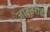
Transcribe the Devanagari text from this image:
जाटतरोडी